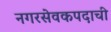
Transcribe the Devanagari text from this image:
नगरसेवकपदाची